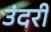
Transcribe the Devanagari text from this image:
उंदरी